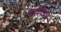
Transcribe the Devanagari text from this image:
टाकीची